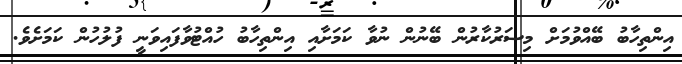
އިންތިހާބު ބޭއްވުމަށް މިސަރުކާރުން ބޭނުން ނުވާ ކަމަށާއި އިންތިހާބު ހުއްޓުވާފައިވަނީ ފުލުހުން ކަމަށެވެ.